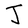
Character: J